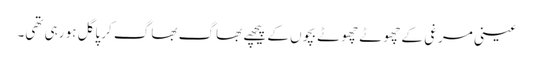
عینی مرغی کے چھوٹے چھوٹے بچوں کے پیچھے بھاگ بھاگ کر پاگل ہو رہی تھی۔